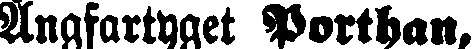
Ångfartyget Porthan,